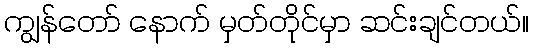
ကျွန်တော် နောက် မှတ်တိုင်မှာ ဆင်းချင်တယ်။